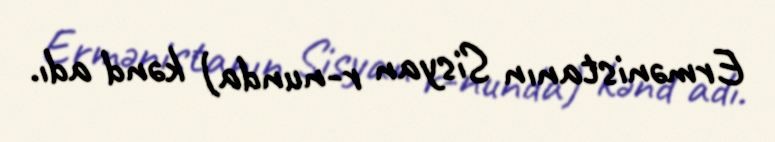
Ermənistanın Sisyan r-nunda) kənd adı.